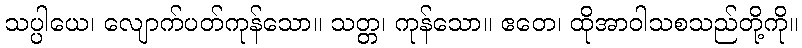
သပ္ပါယေ၊ လျောက်ပတ်ကုန်သော။ သတ္တ၊ ကုန်သော။ ဧတေ၊ ထိုအာဝါသစသည်တို့ကို။